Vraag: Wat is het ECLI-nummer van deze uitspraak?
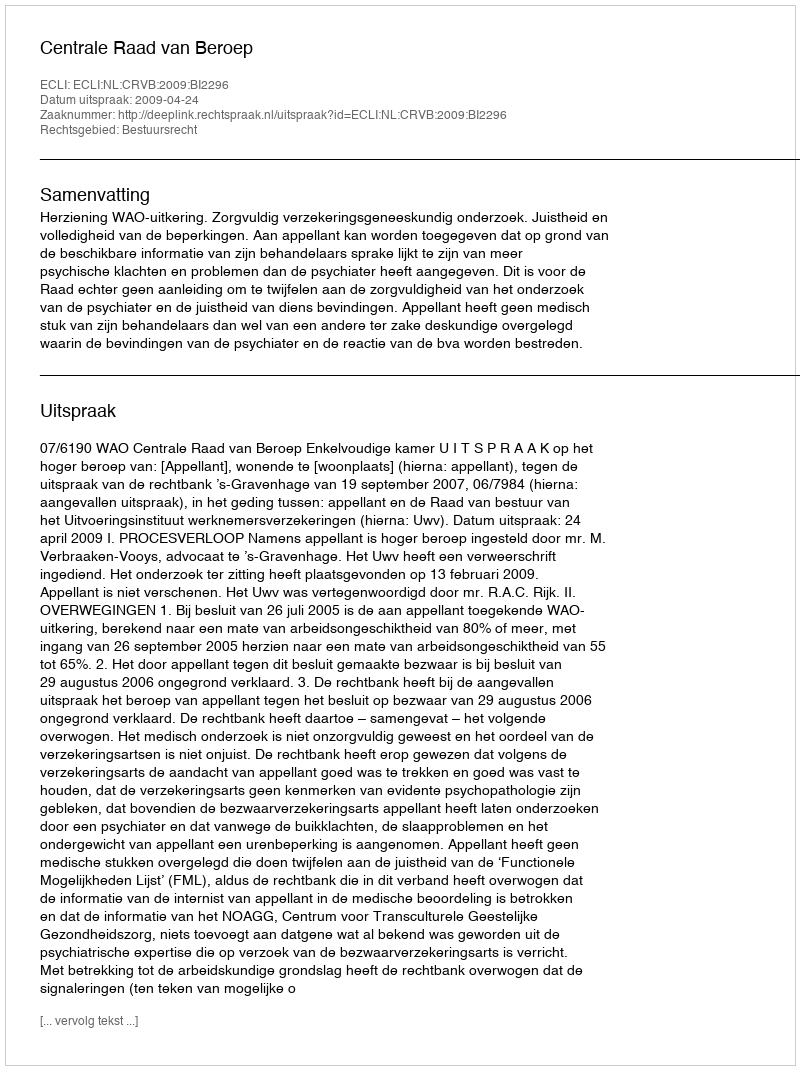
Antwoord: ECLI:NL:CRVB:2009:BI2296